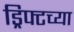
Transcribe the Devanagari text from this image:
ड्रिफ्टच्या